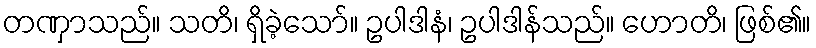
တဏှာသည်။ သတိ၊ ရှိခဲ့သော်။ ဥပါဒါနံ၊ ဥပါဒါန်သည်။ ဟောတိ၊ ဖြစ်၏။